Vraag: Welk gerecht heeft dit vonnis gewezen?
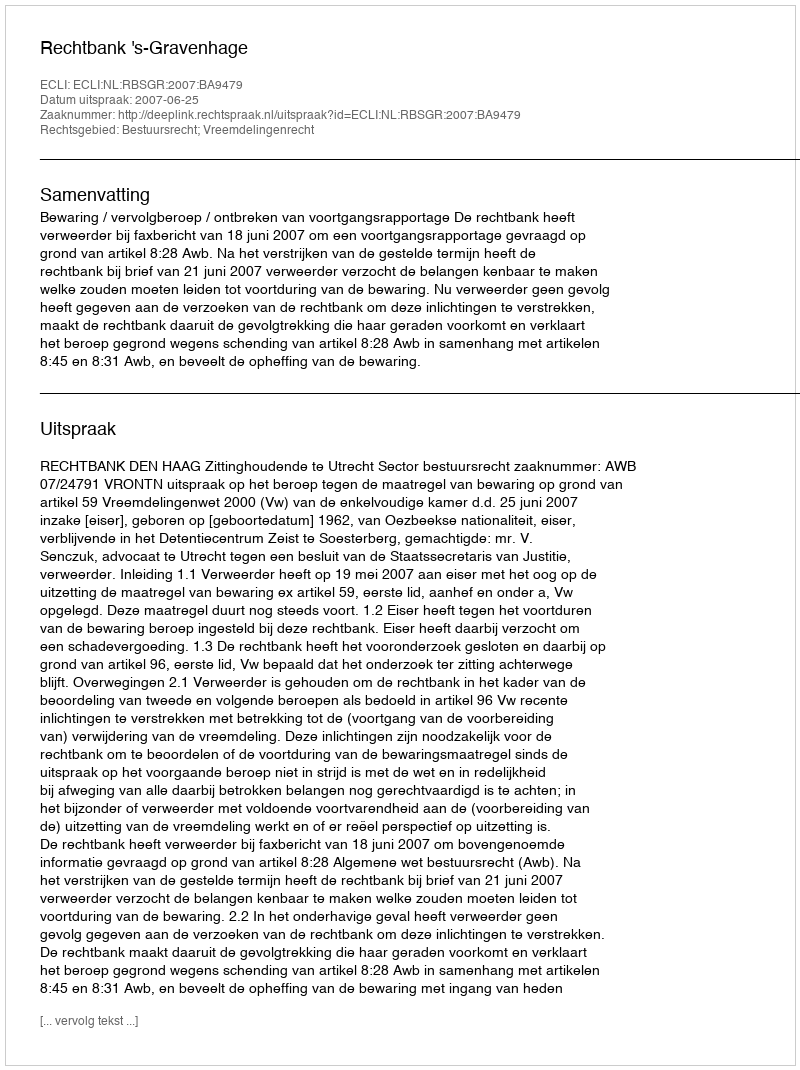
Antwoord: Rechtbank 's-Gravenhage